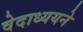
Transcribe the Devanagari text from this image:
वेदाध्ययने